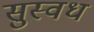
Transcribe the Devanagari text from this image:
सुस्वध